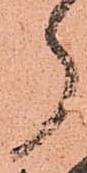
ら